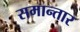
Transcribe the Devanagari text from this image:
समान्तार